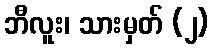
ဘီလူး၊ သားမှတ် (၂)